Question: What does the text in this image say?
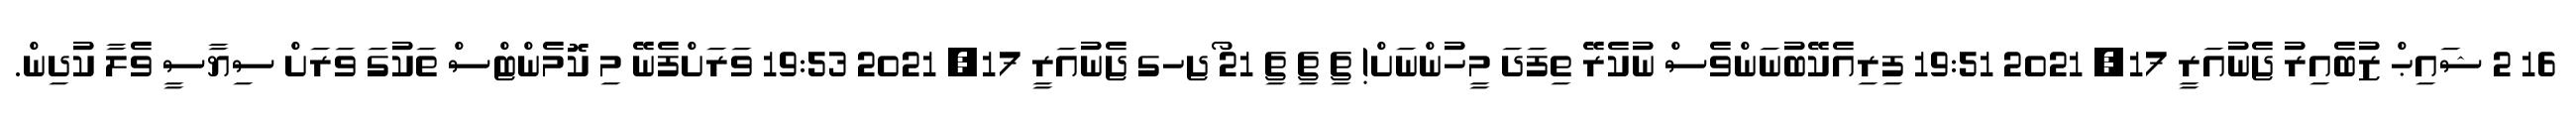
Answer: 16 2 ޝައިޙް ޒުބެއިރު ޖެނުއަރީ 17, 2021 19:51 ފިރިއެކޭބުނަންވެސް ނުކެރޭ ތިފަދަ މީހުންނަށް! ޗި ޗި ޗި 21 ޯޖހގ ޖެނުއަރީ 17, 2021 19:53 ވަރަށްފެނޭ މި ކޮމެންޓްސް ތަކުގަ ވަރަށް ސިޔާސީ ވެލާ ކުދިން.